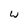
Character: w